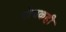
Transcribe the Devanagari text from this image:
बोचकही